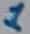
Text: 1